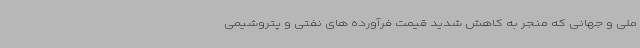
ملی و جهانی که منجر به کاهش شدید قیمت فرآورده های نفتی و پتروشیمی